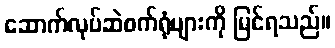
ဆောက်လုပ်ဆဲစက်ရုံများကို မြင်ရသည်။